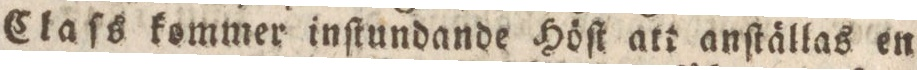
Claſs kommer inſtundande Höſt att anſtällas en